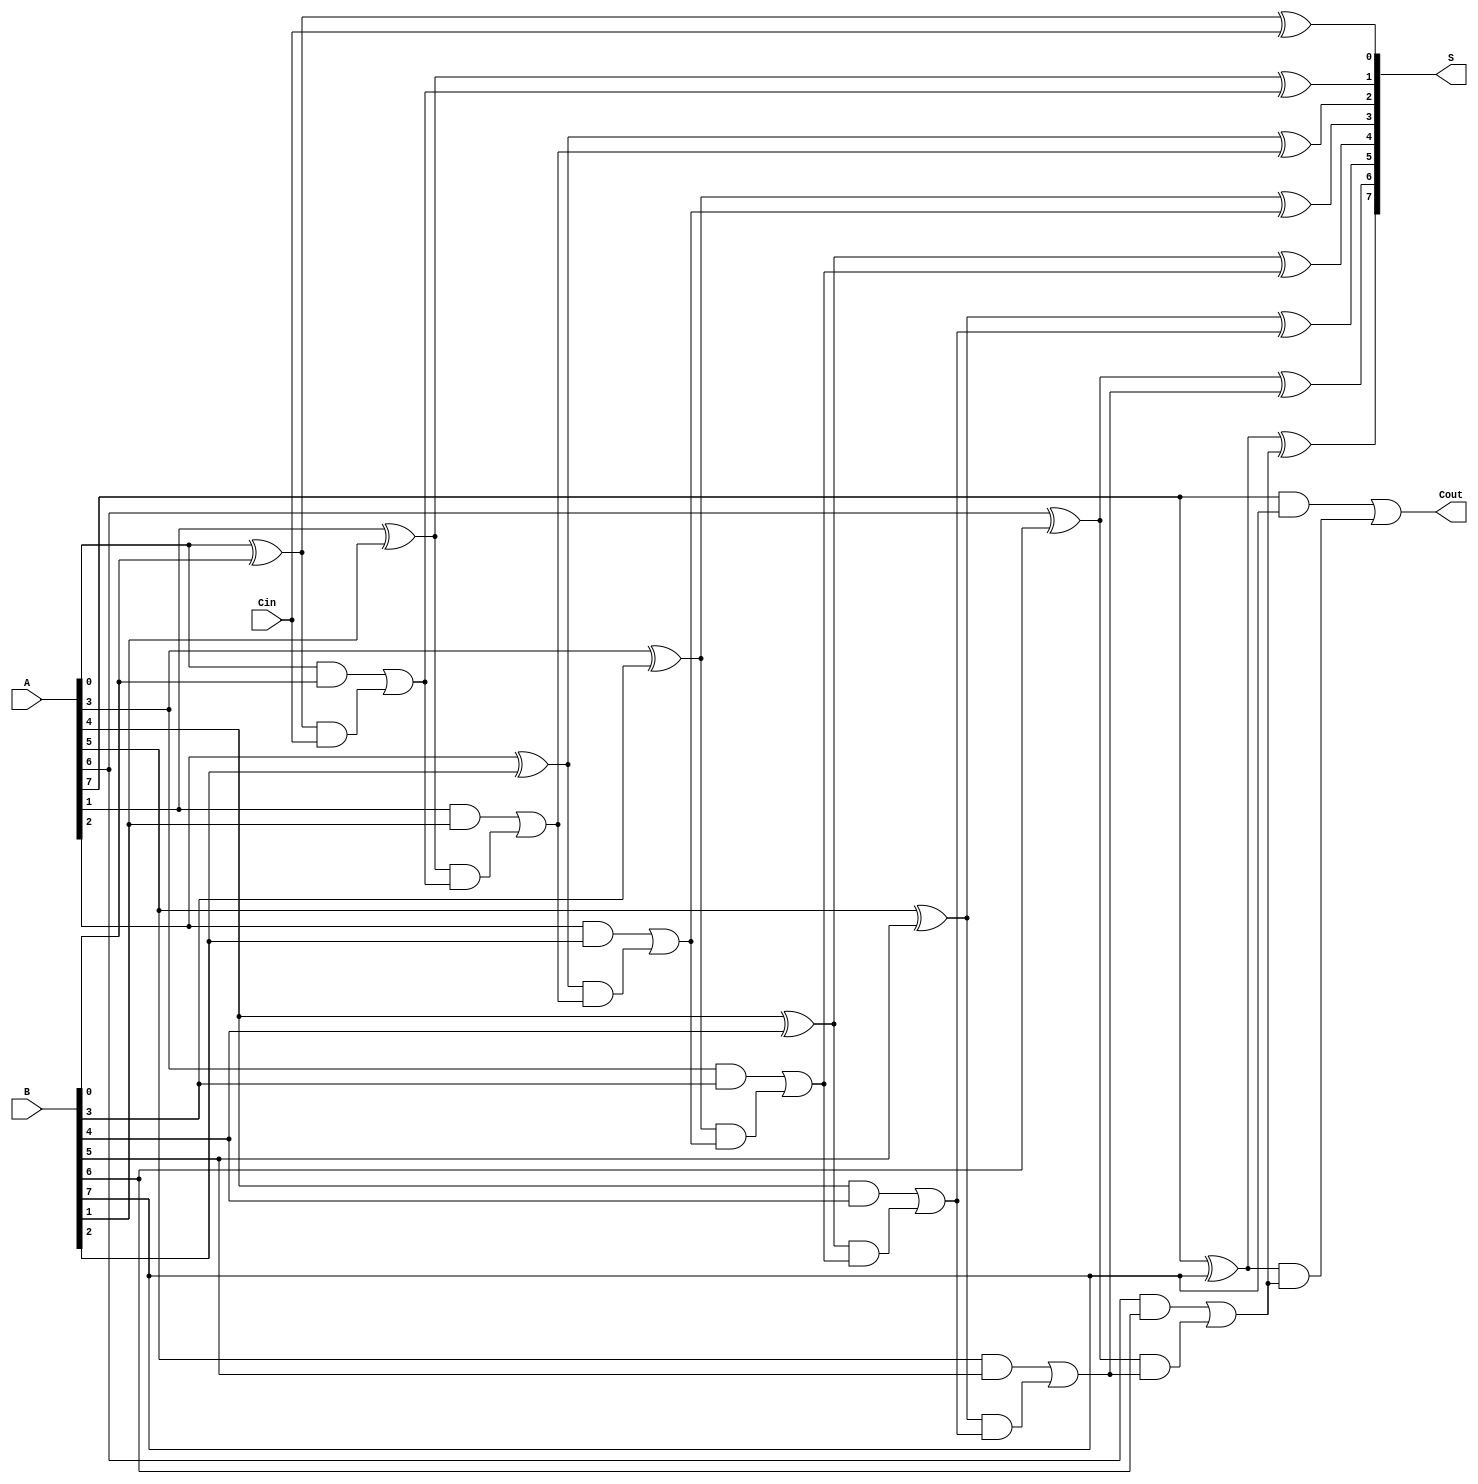
module han_carlson_adder #(parameter N = 8) (
    input [N-1:0] A,         // First n-bit input
    input [N-1:0] B,         // Second n-bit input
    input Cin,               // Carry input
    output [N-1:0] S,        // Sum output
    output Cout              // Carry output
);

    // Intermediate signals for sum and carry
    wire [N-1:0] P;          // Propagate signals
    wire [N-1:0] G;          // Generate signals
    wire [N:0] C;            // Carry signals, C[0] is Cin

    // Carry for 1 more bit to accommodate the final carry out
    assign C[0] = Cin;

    // Generate and Propagate for each bit
    genvar i;
    generate
        for (i = 0; i < N; i = i + 1) begin : FA_GEN
            // Produce Generate and Propagate signals
            assign G[i] = A[i] & B[i];              // Generate
            assign P[i] = A[i] ^ B[i];              // Propagate
            
            // Calculate carry based on previous carry signals
            assign C[i+1] = G[i] | (P[i] & C[i]);  // Carry-out
        end
    endgenerate

    // Calculate Sum
    generate
        for (i = 0; i < N; i = i + 1) begin : SUM_GEN
            assign S[i] = P[i] ^ C[i]; // Sum output
        end
    endgenerate

    // Final Carry-out
    assign Cout = C[N];

endmodule